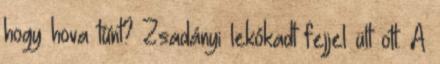
hogy hova tűnt? Zsadányi lekókadt fejjel ült ott. A